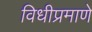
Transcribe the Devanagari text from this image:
विधीप्रमाणे